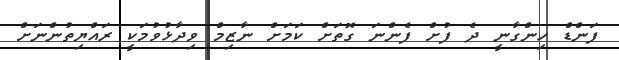
ފަންޑް ހިންގާނީ ދެ ފުށް ފެންނަ ގޮތަށް ކަމަށް ނާޒިމް ވިދާޅުވުމަކީ ރައްޔިތުންނަށް